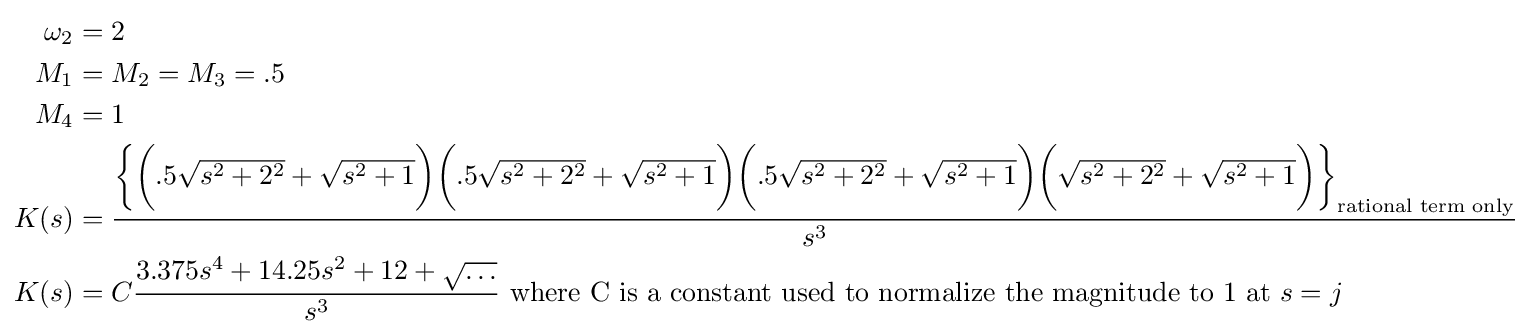
{\begin{aligned}\omega _{2}&=2\\M_{1}&=M_{2}=M_{3}=.5\\M_{4}&=1\\K(s)&={\frac {{\bigg \{}{\bigg (}.5{\sqrt {s^{2}+2^{2}}}+{\sqrt {s^{2}+1}}{\bigg )}{\bigg (}.5{\sqrt {s^{2}+2^{2}}}+{\sqrt {s^{2}+1}}{\bigg )}{\bigg (}.5{\sqrt {s^{2}+2^{2}}}+{\sqrt {s^{2}+1}}{\bigg )}{\bigg (}{\sqrt {s^{2}+2^{2}}}+{\sqrt {s^{2}+1}}{\bigg )}{\bigg \}}_{\text{rational term only}}}{s^{3}}}\\K(s)&=C{\frac {3.375s^{4}+14.25s^{2}+12+{\sqrt {\dots }}}{s^{3}}}{\text{ where C is a constant used to normalize the magnitude to 1 at }}s=j\\\end{aligned}}